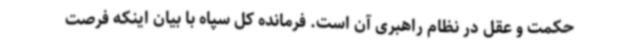
حکمت و عقل در نظام راهبری آن است. فرمانده کل سپاه با بیان اینکه فرصت